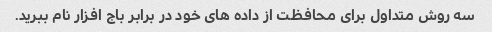
سه روش متداول برای محافظت از داده های خود در برابر باج افزار نام ببرید.